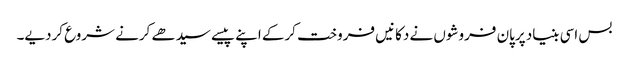
بس اسی بنیاد پرپان فروشوں نے دکانیں فروخت کرکے اپنے پیسے سیدھے کرنے شروع کردیے۔